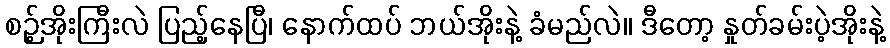
စဉ့်အိုးကြီးလဲ ပြည့်နေပြီ၊ နောက်ထပ် ဘယ်အိုးနဲ့ ခံမည်လဲ။ ဒီတော့ နှုတ်ခမ်းပဲ့အိုးနဲ့